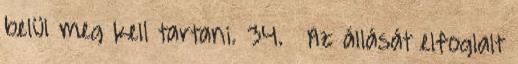
belül meg kell tartani. 34. § Az állását elfoglalt